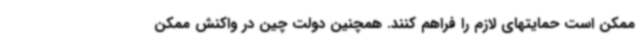
ممکن است حمایتهای لازم را فراهم کنند. همچنین دولت چین در واکنش ممکن